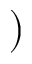
)